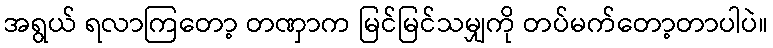
အရွယ် ရလာကြတော့ တဏှာက မြင်မြင်သမျှကို တပ်မက်တော့တာပါပဲ။